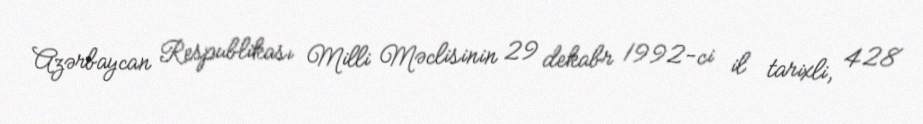
Azərbaycan Respublikası Milli Məclisinin 29 dekabr 1992-ci il tarixli, 428